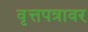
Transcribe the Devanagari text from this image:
वृत्तपत्रावर